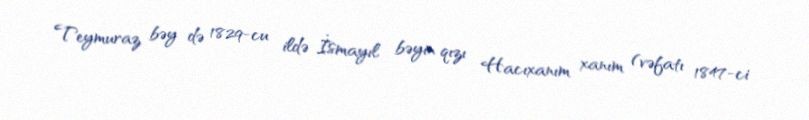
Teymuraz bəy də 1829-cu ildə İsmayıl bəyin qızı Hacıxanım xanım (vəfatı 1847-ci